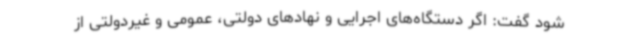
شود گفت: اگر دستگاه‌های اجرایی و نهادهای دولتی، عمومی و غیردولتی از